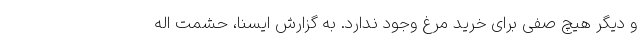
و دیگر هیچ صفی برای خرید مرغ وجود ندارد. به گزارش ایسنا، حشمت اله